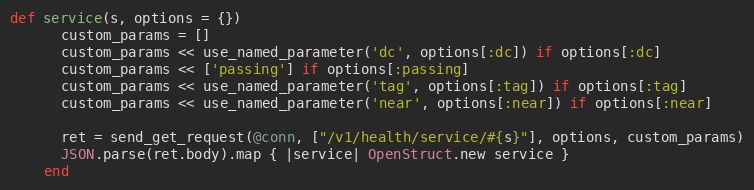
Language: Ruby
def service(s, options = {})
      custom_params = []
      custom_params << use_named_parameter('dc', options[:dc]) if options[:dc]
      custom_params << ['passing'] if options[:passing]
      custom_params << use_named_parameter('tag', options[:tag]) if options[:tag]
      custom_params << use_named_parameter('near', options[:near]) if options[:near]

      ret = send_get_request(@conn, ["/v1/health/service/#{s}"], options, custom_params)
      JSON.parse(ret.body).map { |service| OpenStruct.new service }
    end